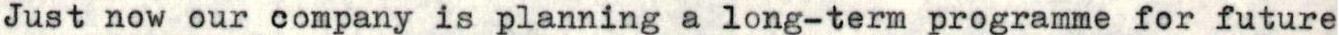
Just now our company is planning a long-term programme for future